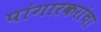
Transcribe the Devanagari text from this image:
पांगारकरांचा